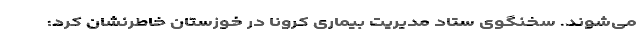
می‌شوند. سخنگوی ستاد مدیریت بیماری کرونا در خوزستان خاطرنشان کرد: